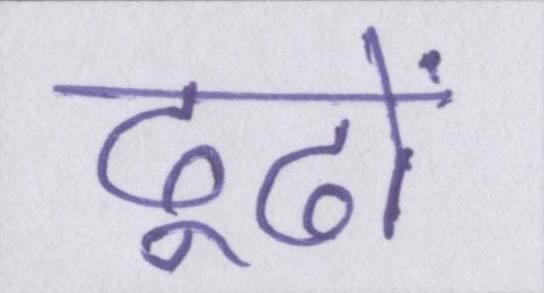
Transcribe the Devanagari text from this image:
ढूढों